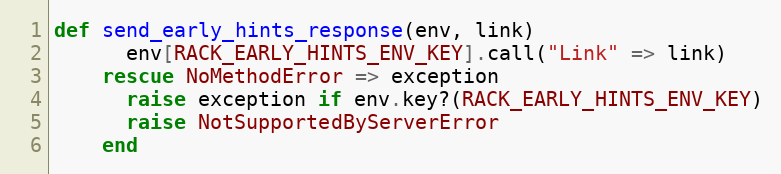
Language: Ruby
def send_early_hints_response(env, link)
      env[RACK_EARLY_HINTS_ENV_KEY].call("Link" => link)
    rescue NoMethodError => exception
      raise exception if env.key?(RACK_EARLY_HINTS_ENV_KEY)
      raise NotSupportedByServerError
    end